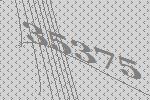
35375